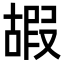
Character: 嘏